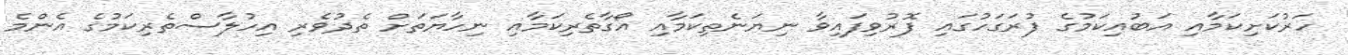
ހަރުކަށިކަމާއި އަބުއިކަމުގެ ފުރަގަހުގައި ފޮރުވިފައިވާ ނިޔަނެތިކަމާއި އޯގާތެރިކަމާއި ނިހާޔަތަށް ތެދުވެރި އިހުލާސްތެރިކަމުގެ އެންމެ